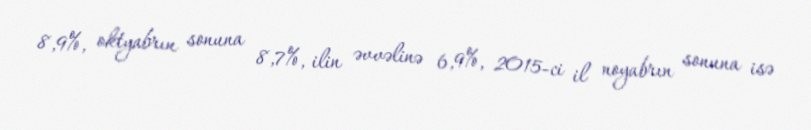
8,9%, oktyabrın sonuna 8,7%, ilin əvvəlinə 6,9%, 2015-ci il noyabrın sonuna isə